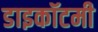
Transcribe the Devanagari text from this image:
डाइकॉटमी